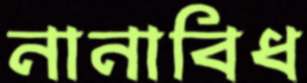
নানাবিধ